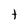
Character: t